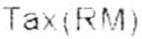
TAX(RM)